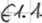
Text: E1.1